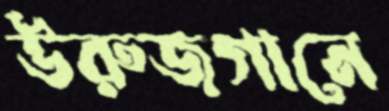
উরুজগানে